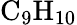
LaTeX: \mathrm{{C_{9}H_{10}}}